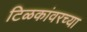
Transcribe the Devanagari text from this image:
टिळकांवरच्या